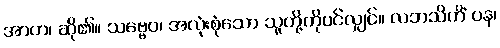
အာဟ၊ ဆို၏။ သဗ္ဗေဝ၊ အလုံးစုံသော သူတို့ကိုပင်လျှင်။ လဘသိကိံ ပန၊